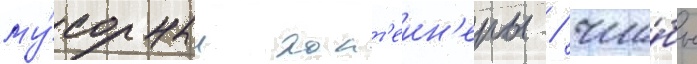
му́сорные конт'еин'еры / что́бы